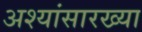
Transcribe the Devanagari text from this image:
अश्यांसारख्या